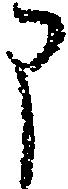
申